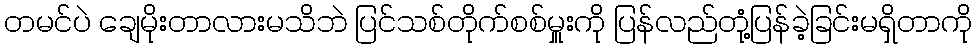
တမင်ပဲ ချေမိုးတာလားမသိဘဲ ပြင်သစ်တိုက်စစ်မှူးကို ပြန်လည်တုံ့ပြန်ခဲ့ခြင်းမရှိတာကို